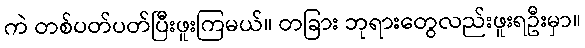
ကဲ တစ်ပတ်ပတ်ပြီးဖူးကြမယ်။ တခြား ဘုရားတွေလည်းဖူးရဦးမှာ။